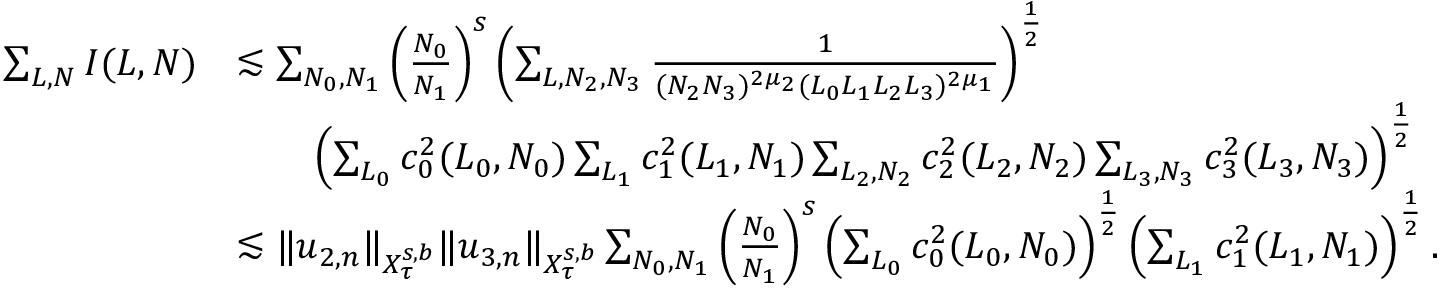
\begin{array} { r l } { \sum _ { L , N } I ( L , N ) } & { \lesssim \sum _ { N _ { 0 } , N _ { 1 } } \left( \frac { N _ { 0 } } { N _ { 1 } } \right) ^ { s } \left( \sum _ { L , N _ { 2 } , N _ { 3 } } \frac { 1 } { ( N _ { 2 } N _ { 3 } ) ^ { 2 \mu _ { 2 } } ( L _ { 0 } L _ { 1 } L _ { 2 } L _ { 3 } ) ^ { 2 \mu _ { 1 } } } \right) ^ { \frac { 1 } { 2 } } } \\ & { \qquad \left( \sum _ { L _ { 0 } } c _ { 0 } ^ { 2 } ( L _ { 0 } , N _ { 0 } ) \sum _ { L _ { 1 } } c _ { 1 } ^ { 2 } ( L _ { 1 } , N _ { 1 } ) \sum _ { L _ { 2 } , N _ { 2 } } c _ { 2 } ^ { 2 } ( L _ { 2 } , N _ { 2 } ) \sum _ { L _ { 3 } , N _ { 3 } } c _ { 3 } ^ { 2 } ( L _ { 3 } , N _ { 3 } ) \right) ^ { \frac { 1 } { 2 } } } \\ & { \lesssim \Vert u _ { 2 , n } \Vert _ { X _ { \tau } ^ { s , b } } \Vert u _ { 3 , n } \Vert _ { X _ { \tau } ^ { s , b } } \sum _ { N _ { 0 } , N _ { 1 } } \left( \frac { N _ { 0 } } { N _ { 1 } } \right) ^ { s } \left( \sum _ { L _ { 0 } } c _ { 0 } ^ { 2 } ( L _ { 0 } , N _ { 0 } ) \right) ^ { \frac { 1 } { 2 } } \left( \sum _ { L _ { 1 } } c _ { 1 } ^ { 2 } ( L _ { 1 } , N _ { 1 } ) \right) ^ { \frac { 1 } { 2 } } . } \end{array}